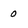
Character: 0